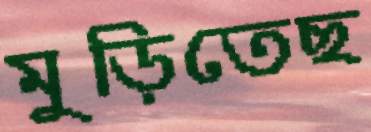
মুড়িতেছ